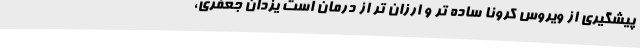
پیشگیری از ویروس کرونا ساده تر و ارزان تر از درمان است یزدان جعفری،